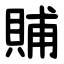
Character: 䝵